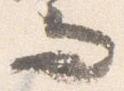
而